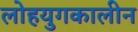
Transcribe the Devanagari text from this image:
लोहयुगकालीन